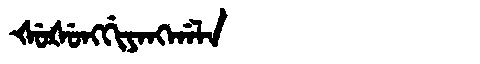
Manchu: ᡧᡠᡧᡠᠩᡤᡳᠶᠠᠩᡤᠠᠯᠠ
Romanization: ŠUŠUNGGIYANGGALA